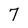
Character: 7